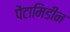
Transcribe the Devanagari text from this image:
पेंटामिडीन